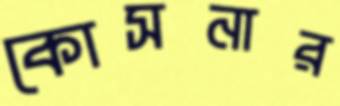
কোসনার